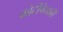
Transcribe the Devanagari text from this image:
कोटींपेक्षाही